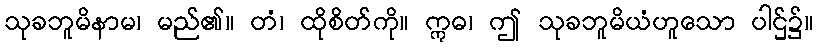
သုခဘူမိနာမ၊ မည်၏။ တံ၊ ထိုစိတ်ကို။ ဣဓ၊ ဤ သုခဘူမိယံဟူသော ပါဌ်၌။